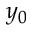
y _ { 0 }